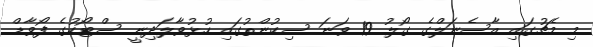
މި މެޗުގައި އާސެނަލްގެ ގޯލު 19 ވަނަ ސިކުންތުގައި ހުޅުވާލަދިނީ ސްޓޯކުގެ ފޯވާޑް